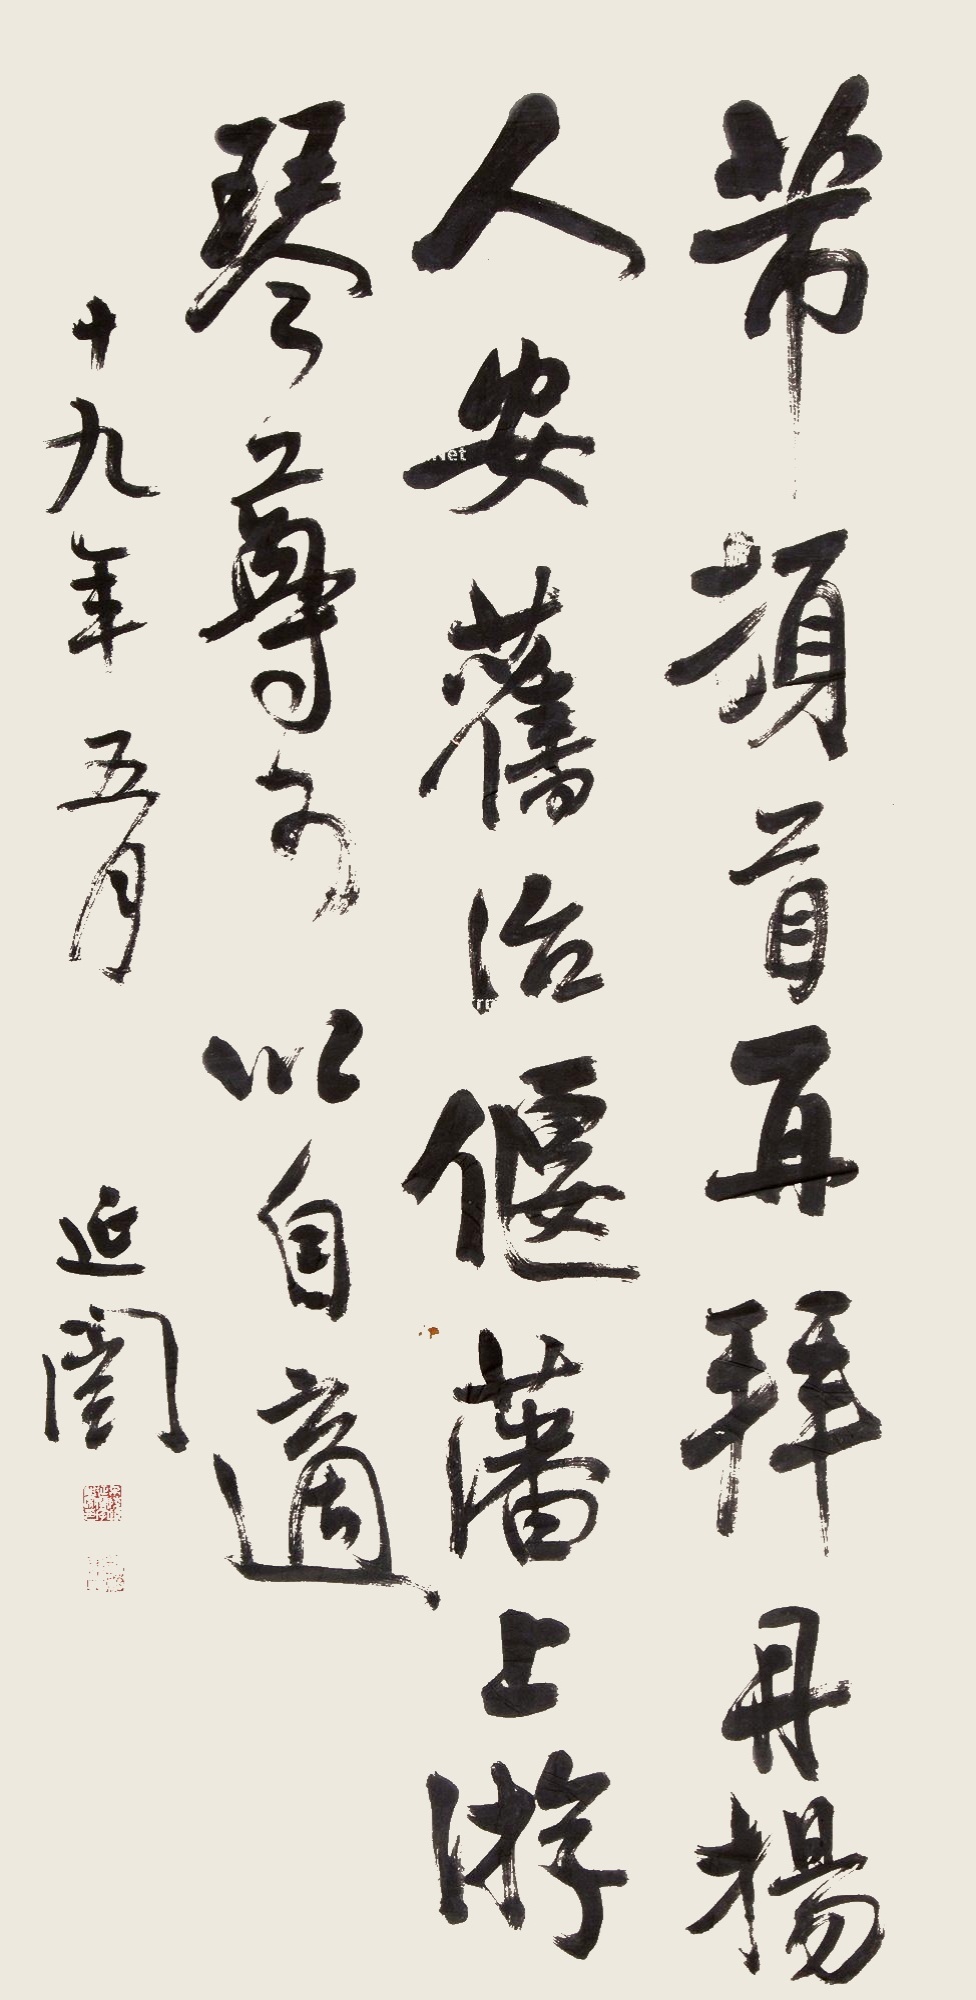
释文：芾顿首再拜，丹扬人安，旧治偃藩上游，琴尊足以自适。十九年（1930）五月，延闿。